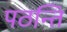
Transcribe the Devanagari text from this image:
पठन्ति